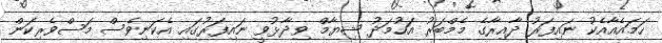
ހަމައެއާއެކު ނައިފަރު ދާއިރާގެ މެމްބަރު އަހުމަދު ޝިޔާމް ވިދާޅުވީ ނައިފަރުގައި އެކަނިވެސް މަސްވެރިކަން